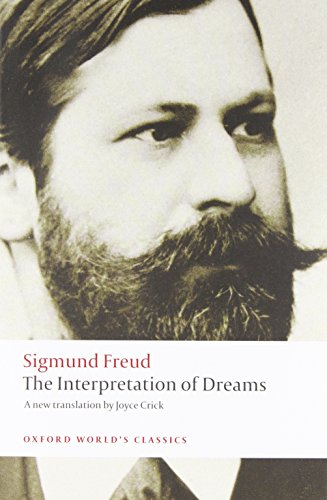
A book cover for The Interpretation of Dreams (Oxford World's Classics); Sigmund Freud; Self-Help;